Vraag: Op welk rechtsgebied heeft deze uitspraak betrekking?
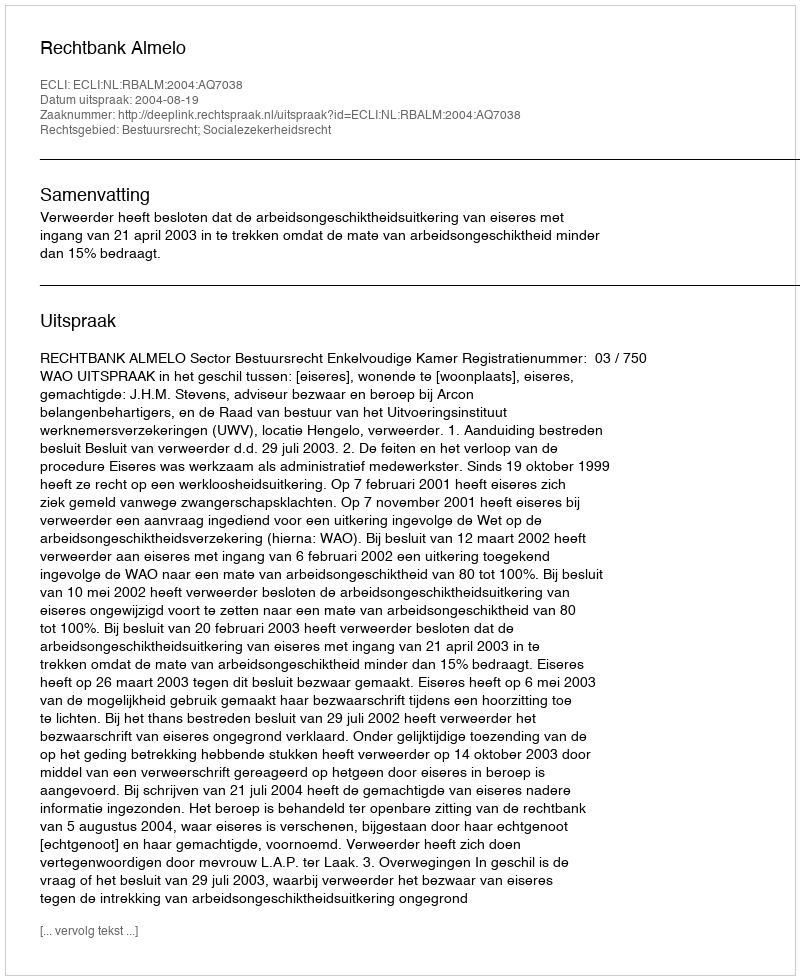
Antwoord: Bestuursrecht; Socialezekerheidsrecht